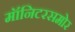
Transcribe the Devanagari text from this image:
मॉनिटरसमोर